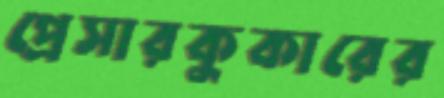
প্রেসারকুকারের